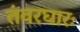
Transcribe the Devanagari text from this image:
तंवरघारः